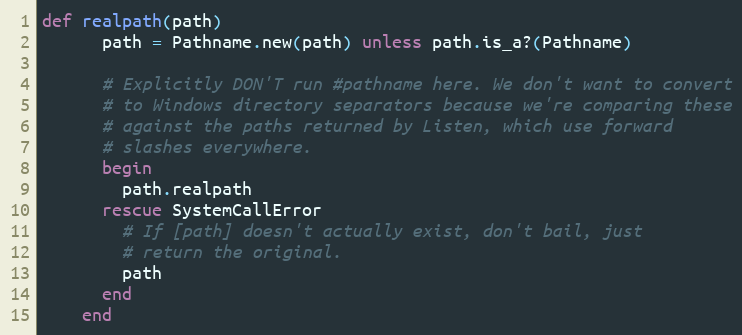
Language: Ruby
def realpath(path)
      path = Pathname.new(path) unless path.is_a?(Pathname)

      # Explicitly DON'T run #pathname here. We don't want to convert
      # to Windows directory separators because we're comparing these
      # against the paths returned by Listen, which use forward
      # slashes everywhere.
      begin
        path.realpath
      rescue SystemCallError
        # If [path] doesn't actually exist, don't bail, just
        # return the original.
        path
      end
    end